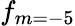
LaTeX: f_{m=-5}